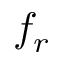
f _ { r }